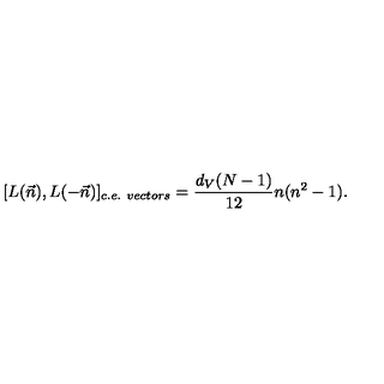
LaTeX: [ L ( \vec { n } ) , L ( - \vec { n } ) ] _ { c . e . \ v e c t o r s } = \frac { d _ { V } ( N - 1 ) } { 1 2 } n ( n ^ { 2 } - 1 ) .